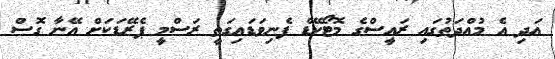
އަދި އެ މުއްދަތުގައި ރައީސްގެ މޮޓޯކޭޑް ފެނިވަޑައިގަތީ ރަސްމީ ޕެރޭޑަކަށް އޭނާ ގޮސް